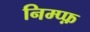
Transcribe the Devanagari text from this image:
निम्प्फ़